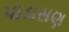
પાડાસણ